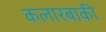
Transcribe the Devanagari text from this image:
कलारबाकी